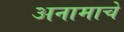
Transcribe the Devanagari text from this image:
अनामाचे